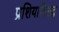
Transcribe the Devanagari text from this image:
प्रशियाविरुद्ध